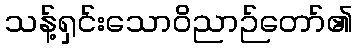
သန့်ရှင်းသောဝိညာဉ်တော်၏